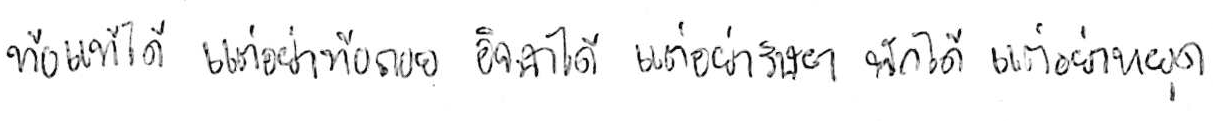
ท้อแท้ได้ แต่อย่าท้อถอย อิจฉาได้ แต่อย่าริษยา พักได้ แต่อย่าหยุด